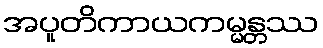
အပူတိကာယကမ္မန္တဿ